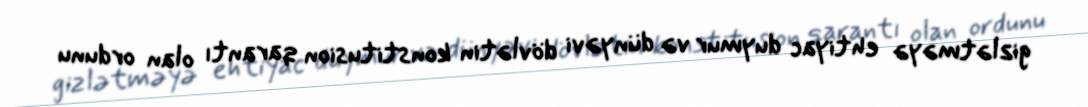
gizlətməyə ehtiyac duymur və dünyəvi dövlətin konstitusion qarantı olan ordunu